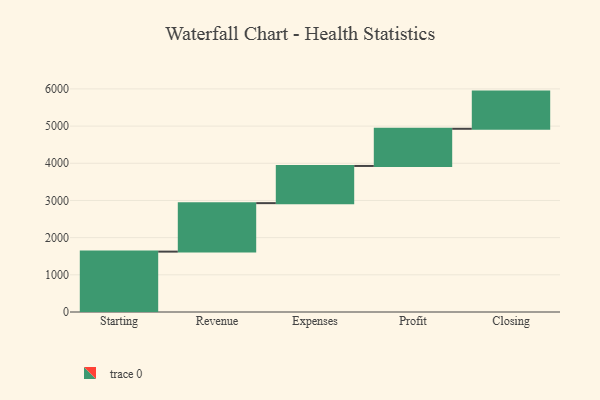
{"axis": {"x": "Step", "y": "Value"}, "legend": [""], "data": [{"x": "Starting", "y": 1624.0, "type": ""}, {"x": "Revenue", "y": 1304.0, "type": ""}, {"x": "Expenses", "y": 1000, "type": ""}, {"x": "Profit", "y": 1000, "type": ""}, {"x": "Closing", "y": 1000, "type": ""}]}